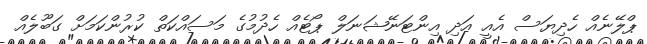
ޕްލޭނެއް ހެދިޔަސް އެއީ އަދި އިންޓަނޭޝަނަލް ޕޯޓެއް ހެދުމުގެ މަސައްކަތް ކުރުންކަމަށް ގަބޫލެއް